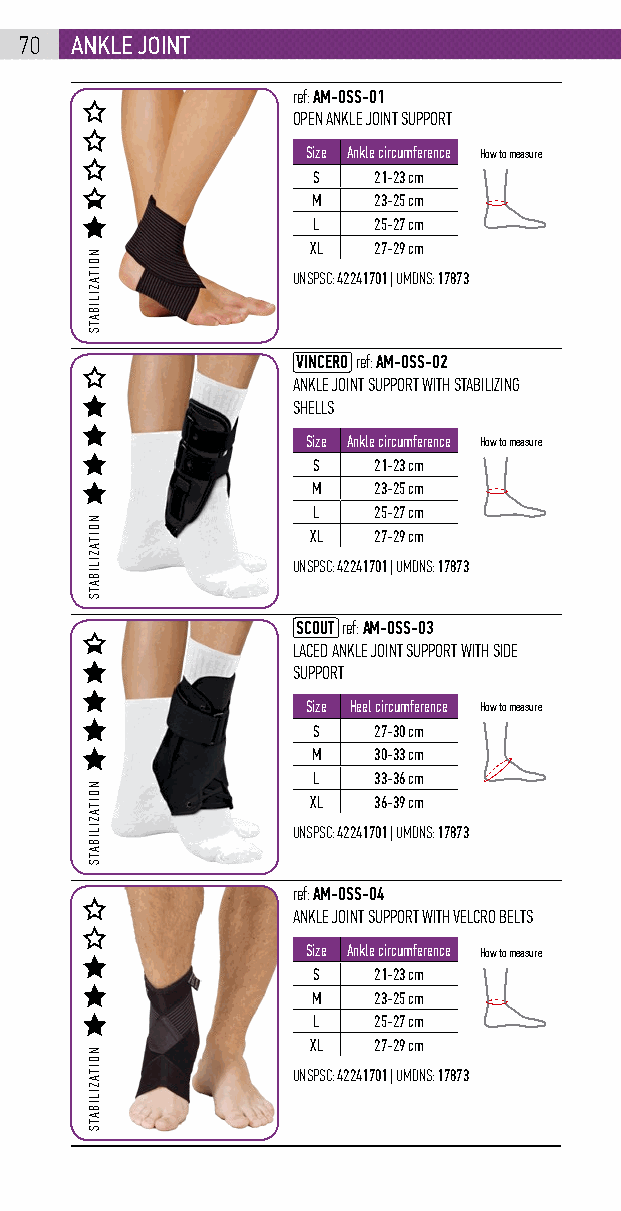
70  anklE joint
 ref: AM-OSS-01
 OPEN ANKLE JOINT SUPPORT
 Size Ankle circumference How to measure
 S   21-23 cm
 M   23-25 cm
 L   25-27 cm
 XL  27-29 cm
 UNSPSC: 42241701 | UMDNS: 17873
 VINCERO ref: AM-OSS-02
 ANKLE JOINT SUPPORT WITH STABILIZING
 SHELLS
 Size Ankle circumference How to measure
 S   21-23 cm
 M   23-25 cm
 L   25-27 cm
 XL  27-29 cm
 UNSPSC: 42241701 | UMDNS: 17873
 SCOUT ref: AM-OSS-03
 LACED ANKLE JOINT SUPPORT WITH SIDE
 SUPPORT
 Size Heel circumference How to measure
 S   27-30 cm
 M   30-33 cm
 L   33-36 cm
 XL  36-39 cm
 UNSPSC: 42241701 | UMDNS: 17873
 ref: AM-OSS-04
 ANKLE JOINT SUPPORT WITH VELCRO BELTS
 Size Ankle circumference How to measure
 S   21-23 cm
 M   23-25 cm
 L   25-27 cm
 XL  27-29 cm
 UNSPSC: 42241701 | UMDNS: 17873
 NOITAZILIBATS
 NOITAZILIBATS
 NOITAZILIBATS
 NOITAZILIBATS